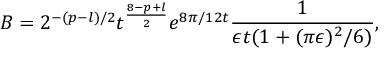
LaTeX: B = 2 ^ { - ( p - l ) / 2 } t ^ { \frac { 8 - p + l } { 2 } } e ^ { 8 \pi / 1 2 t } \frac { 1 } { \epsilon t ( 1 + ( \pi \epsilon ) ^ { 2 } / 6 ) } ,